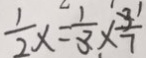
\frac { 1 } { 2 } x = \frac { 1 } { 3 } \times \frac { 3 } { 7 }